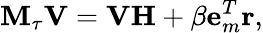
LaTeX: \mathbf{M}_{\tau}\mathbf{V}=\mathbf{VH}+\beta\mathbf{e}_{m}^{T}\mathbf{r},